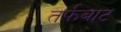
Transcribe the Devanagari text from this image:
तर्फबाट